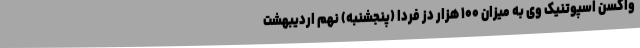
واکسن اسپوتنیک وی به میزان ۱۰۰ هزار دُز فردا (پنجشنبه) نهم اردیبهشت